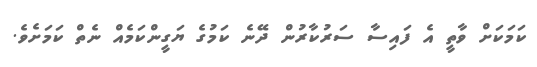
ކަމަކަށް ވާތީ އެ ފައިސާ ސަރުކާރުން ދޭނެ ކަމުގެ ޔަގީންކަމެއް ނެތް ކަމަށެވެ.